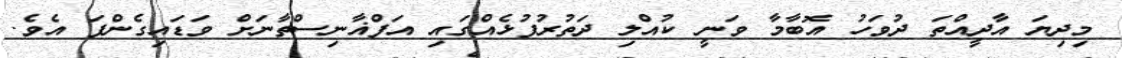
މިދިޔަ އާދީއްތަ ދުވަހު އޮބާމާ ވަނީ ކުއްލި ދަތުރުފުޅެއްގައި އަފްޣާނިސްތާނަށް ވަޑައިގެންފަ އެވެ.